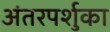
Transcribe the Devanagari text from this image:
अंतरपर्शुका